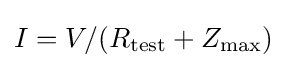
I=V/(R_{\rm {test}}+Z_{\rm {max}})